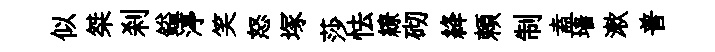
似桀刹鎰渟笑怒塚莎怯繚砌絳頼制盍墙漱普